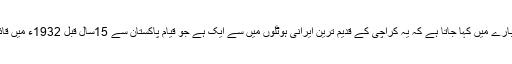
اس کے بارے میں کہا جاتا ہے کہ یہ کراچی کے قدیم ترین ایرانی ہوٹلوں میں سے ایک ہے جو قیام پاکستان سے 15سال قبل 1932ء میں قائم ہوا تھا۔